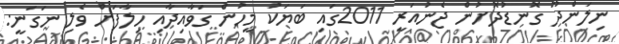
ނިލަންދޫ ގޮނޑުދޮށުން ޖެނުއަރީ 2011ގައި ބަޔަކު މީހުން ގަވާއިދާއި ހިލާފަށް ވެލި ނަގަނީ: